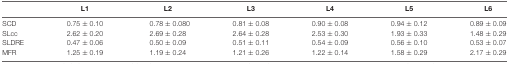
<table><thead><tr><td></td><td><b>L1</b></td><td><b>L2</b></td><td><b>L3</b></td><td><b>L4</b></td><td><b>L5</b></td><td><b>L6</b></td></tr></thead><tbody><tr><td>SCD</td><td>0.75 ± 0.10</td><td>0.78 ± 0.080</td><td>0.81 ± 0.08</td><td>0.90 ± 0.08</td><td>0.94 ± 0.12</td><td>0.89 ± 0.09</td></tr><tr><td>SLcc</td><td>2.62 ± 0.20</td><td>2.69 ± 0.28</td><td>2.64 ± 0.28</td><td>2.53 ± 0.30</td><td>1.93 ± 0.33</td><td>1.48 ± 0.29</td></tr><tr><td>SLDRE</td><td>0.47 ± 0.06</td><td>0.50 ± 0.09</td><td>0.51 ± 0.11</td><td>0.54 ± 0.09</td><td>0.56 ± 0.10</td><td>0.53 ± 0.07</td></tr><tr><td>MFR</td><td>1.25 ± 0.19</td><td>1.19 ± 0.24</td><td>1.21 ± 0.26</td><td>1.22 ± 0.14</td><td>1.58 ± 0.29</td><td>2.17 ± 0.29</td></tr></tbody></table>